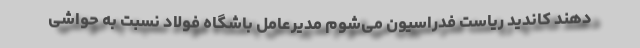
دهند کاندید ریاست فدراسیون می‌شوم مدیرعامل باشگاه فولاد نسبت به حواشی